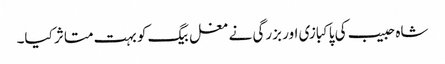
شاہ حبیب کی پاکبازی اور بزرگی نے مغل بیگ کو بہت متاثر کیا۔